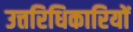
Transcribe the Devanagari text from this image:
उत्तरिधिकारियों